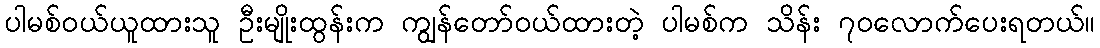
ပါမစ်ဝယ်ယူထားသူ ဦးမျိုးထွန်းက ကျွန်တော်ဝယ်ထားတဲ့ ပါမစ်က သိန်း ၇၀လောက်ပေးရတယ်။